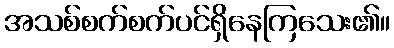
အသစ်စက်စက်ပင်ရှိနေကြသေး၏။